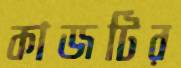
কাজটির